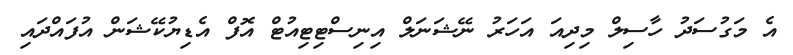
އެ މަގުސަދު ހާސިލް މިދިއަ އަހަރު ނޭޝަނަލް އިނިސްޓިޓިއުޓް އޮފް އެޑިޔުކޭޝަން އުފައްދައި